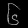
Digit: ၆